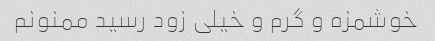
خوشمزه و گرم و خیلی زود رسید ممنونم